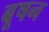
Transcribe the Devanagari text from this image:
बूषन